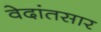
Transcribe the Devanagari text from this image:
वेदांतसार